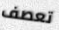
تعصف